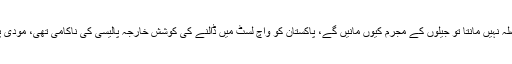
عمران خان نے کہا کہ وزیراعظم عدالتی فیصلہ نہیں مانتا تو جیلوں کے مجرم کیوں مانیں گے، پاکستان کو واچ لسٹ میں ڈالنے کی کوشش خارجہ پالیسی کی ناکامی تھی، مودی پاکستان کیخلاف ہرزہ سرائی میں کامیاب ہوا۔